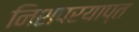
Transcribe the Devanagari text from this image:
निशपरयाप्त